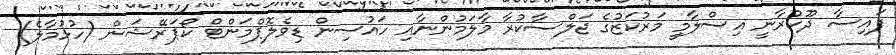
ފައިސާ ދޫކުރާނީ އިސްލާމީ މަރުކަޒުގެ ޖަލްސާކުރާ މާލަމުންނާއި ހައުސިން ޑިވެލޮޕްމަންޓް ކޯޕަރޭޝަން (ހުޅުމާލެ)